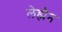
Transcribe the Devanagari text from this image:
लेह्मैन